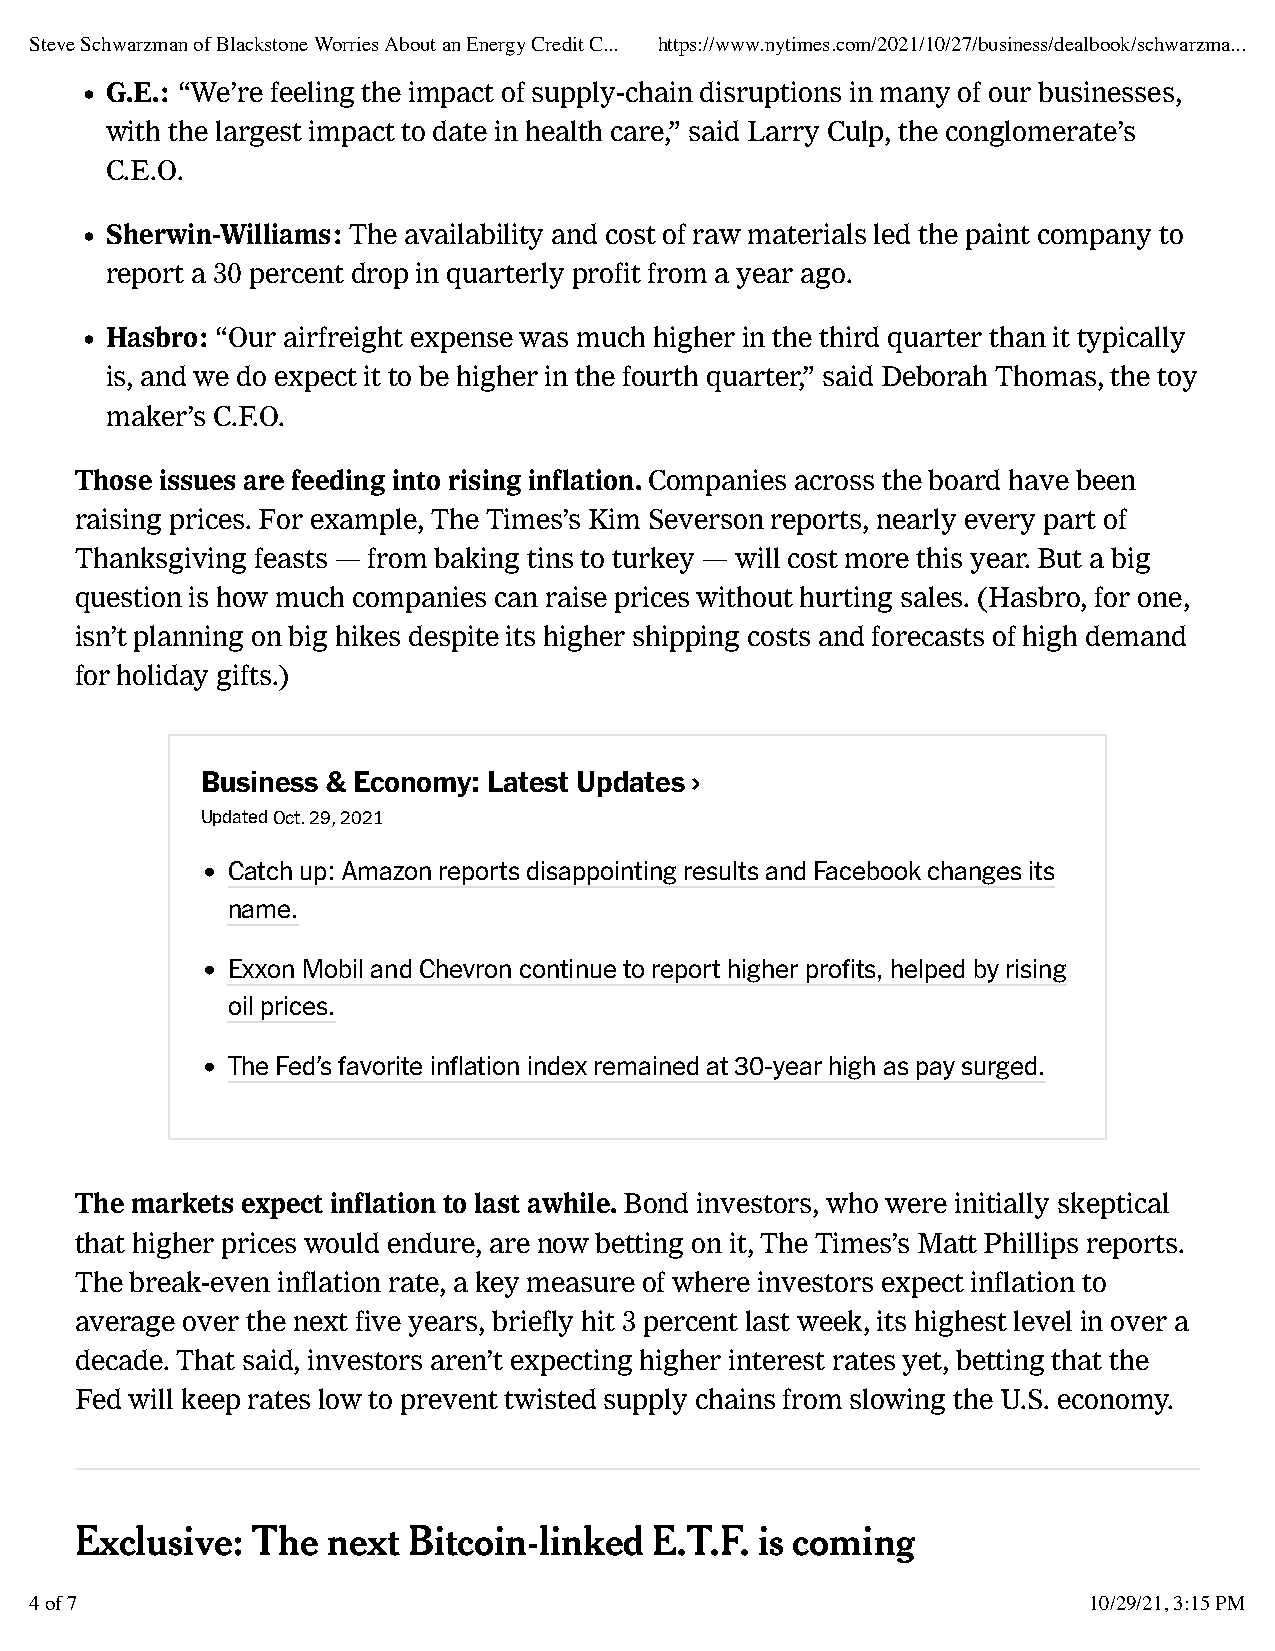
Steve Schwarzman of Blackstone Worries About an Energy Credit C... https://www.nytimes.com/2021/10/27/business/dealbook/schwarzma...
 • G.E.: “We’re feeling the impact of supply-chain disruptions in many of our businesses,
 with the largest impact to date in health care,” said Larry Culp, the conglomerate’s
 C.E.O.
 • Sherwin-Williams: The availability and cost of raw materials led the paint company to
 report a 30 percent drop in quarterly profit from a year ago.
 • Hasbro: “Our airfreight expense was much higher in the third quarter than it typically
 is, and we do expect it to be higher in the fourth quarter,” said Deborah Thomas, the toy
 maker’s C.F.O.
 Those issues are feeding into rising inflation. Companies across the board have been
 raising prices. For example, The Times’s Kim Severson reports, nearly every part of
 Thanksgiving feasts — from baking tins to turkey — will cost more this year. But a big
 question is how much companies can raise prices without hurting sales. (Hasbro, for one,
 isn’t planning on big hikes despite its higher shipping costs and forecasts of high demand
 for holiday gifts.)
 Business & Economy: Latest Updates›
 Updated Oct. 29, 2021
 • Catch up: Amazon reports disappointing results and Facebook changes its
 name.
 • Exxon Mobil and Chevron continue to report higher profits, helped by rising
 oil prices.
 • The Fed’s favorite inflation index remained at 30-year high as pay surged.
 The markets expect inflation to last awhile. Bond investors, who were initially skeptical
 that higher prices would endure, are now betting on it, The Times’s Matt Phillips reports.
 The break-even inflation rate, a key measure of where investors expect inflation to
 average over the next five years, briefly hit 3 percent last week, its highest level in over a
 decade. That said, investors aren’t expecting higher interest rates yet, betting that the
 Fed will keep rates low to prevent twisted supply chains from slowing the U.S. economy.
 Exclusive:  The  next Bitcoin-linked  E.T.F. is coming
 4 of 7                                                                10/29/21, 3:15 PM